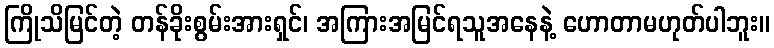
ကြိုသိမြင်တဲ့ တန်ခိုးစွမ်းအားရှင်၊ အကြားအမြင်ရသူအနေနဲ့ ဟောတာမဟုတ်ပါဘူး။